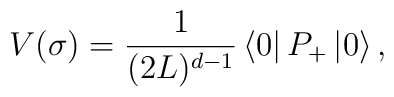
V(\sigma)={1 \over (2L)^{d-1}}\left\langle 0 \right\vert P_+ \left\vert 0 \right\rangle,